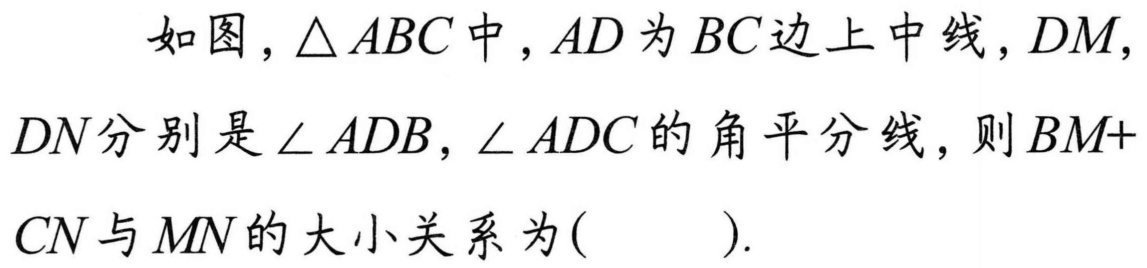
如图，\(\triangle ABC\)中，\(AD\)为\(BC\)边上中线，\(DM\)，\(DN\)分别是\(\angle ADB\)，\(\angle ADC\)的角平分线，则\(BM + CN\)与\(MN\)的大小关系为(  )．